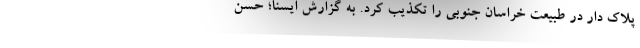
پلاک دار در طبیعت خراسان جنوبی را تکذیب کرد. به گزارش ایسنا؛ حسن